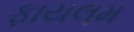
ફાયલમ